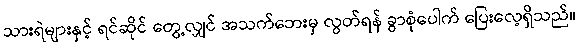
သားရဲများနှင့် ရင်ဆိုင် တွေ့လျှင် အသက်ဘေးမှ လွတ်ရန် ခွာစုံပေါက် ပြေးလေ့ရှိသည်။